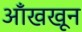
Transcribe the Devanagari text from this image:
आँखखून